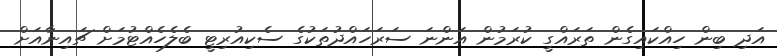
އަދި ބިން ހިއްކައިގެން ތަރައްގީ ކުރަމުން އަންނަ ސަރަހައްދުތަކުގެ ސެކިއުރިޓީ ބެލެހެއްޓުމަށް ޗައިނާއަށް